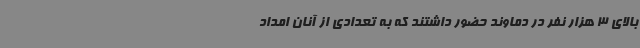
بالای 3 هزار نفر در دماوند حضور داشتند که به تعدادی از آنان امداد